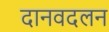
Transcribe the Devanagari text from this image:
दानवदलन